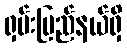
ရှမ်းပြည်နယ်ရှိ